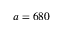
a = 6 8 0